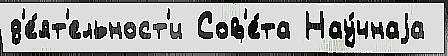
д'е́ят'ельност'и Сов'е́та Нау́чнаjа